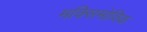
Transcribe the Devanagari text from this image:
मक्सिमोविक